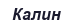
Калин